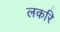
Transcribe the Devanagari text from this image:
लकरि